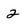
Character: 2